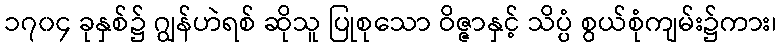
၁၇၀၄ ခုနှစ်၌ ဂျွန်ဟဲရစ် ဆိုသူ ပြုစုသော ဝိဇ္ဇာနှင့် သိပ္ပံ စွယ်စုံကျမ်း၌ကား၊